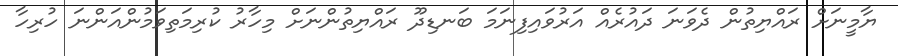
ޔާމީނަށް ރައްޔިތުން ދެވަނަ ދައުރެއް އަރުވައިފިނަމަ ބަނޑިދޫ ރައްޔިތުންނަށް މިހާރު ކުރިމަތިވަމުންއަންނަ ހުރިހާ